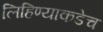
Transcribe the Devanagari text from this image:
लिहिण्याकडेच